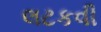
લટકવી